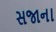
સજાના